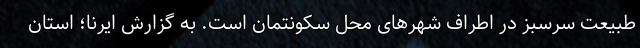
طبیعت سرسبز در اطراف شهرهای محل سکونتمان است. به گزارش ایرنا؛ استان